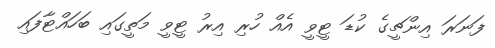
ފަނަރަ އިންޗީގެ ކުޑަ ޓީވީ އެއް ހުރި އިރު ޓީވީ މަތީގައި ބަހައްޓާފައި